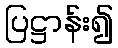
ပြဋ္ဌာန်း၍